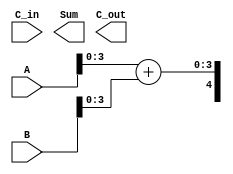
module DynamicCarrySelectAdder (
    input  wire [15:0] A,        // 16-bit input A
    input  wire [15:0] B,        // 16-bit input B
    input  wire C_in,            // Carry-in
    output wire [15:0] Sum,      // 16-bit Sum
    output wire C_out            // Carry-out
);

// Segment size
parameter SEG_SIZE = 4;

// Intermediate signals for segments
wire [SEG_SIZE-1:0] sum0, sum1; // Sums for C_in = 0 and C_in = 1
wire c_out0, c_out1;            // Carry outs for C_in = 0 and C_in = 1
wire select;                    // Select signal for final output

// Generate carry select for each segment
genvar i;
generate
    for (i = 0; i < 4; i = i + 1) begin : seg
        wire [SEG_SIZE-1:0] A_seg;
        wire [SEG_SIZE-1:0] B_seg;
        wire C_in_seg;
        
        assign A_seg = A[(i*SEG_SIZE) +: SEG_SIZE];
        assign B_seg = B[(i*SEG_SIZE) +: SEG_SIZE];
        assign C_in_seg = (i == 0) ? C_in : c_out0[i-1]; // Use previous carry out

        // Two simultaneous calculations
        wire [SEG_SIZE:0] sum_with_c0 = {1'b0, A_seg} + {1'b0, B_seg}; // C_in = 0
        wire [SEG_SIZE:0] sum_with_c1 = {1'b0, A_seg} + {1'b0, B_seg} + 1'b1; // C_in = 1
        
        assign sum0[(i*SEG_SIZE) +: SEG_SIZE] = sum_with_c0[SEG_SIZE-1:0]; // Sum with C_in = 0
        assign sum1[(i*SEG_SIZE) +: SEG_SIZE] = sum_with_c1[SEG_SIZE-1:0]; // Sum with C_in = 1
        
        // Carry out generation
        assign c_out0[i] = sum_with_c0[SEG_SIZE]; 
        assign c_out1[i] = sum_with_c1[SEG_SIZE];
    end
endgenerate

// Carry Select Logic
assign select = (C_in) ? c_out1[3] : c_out0[3];

generate
    for (i = 0; i < 4; i = i + 1) begin : mux
        assign Sum[(i*SEG_SIZE) +: SEG_SIZE] = (select) ? sum1[(i*SEG_SIZE) +: SEG_SIZE] : sum0[(i*SEG_SIZE) +: SEG_SIZE];
    end
endgenerate

assign C_out = (select) ? c_out1[3] : c_out0[3]; // Final carry out

endmodule